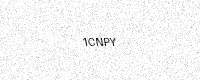
Text: 1CNPY